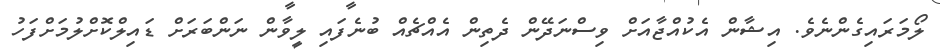
ލޯމަރައިގެންނެވެ. އިޝާން އެކުއްޖާއަށް ވިސްނަދޭން ދެތިން އެއްޗެއް ބުނެފައި ލީވާން ނަންބަރަށް ޑައިލްކޮށްލުމަށްފަހު